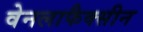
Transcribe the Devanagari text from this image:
वेनलाफैक्सीन